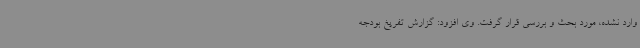
وارد نشده، مورد بحث و بررسی قرار گرفت. وی افزود: گزارش تفریغ بودجه